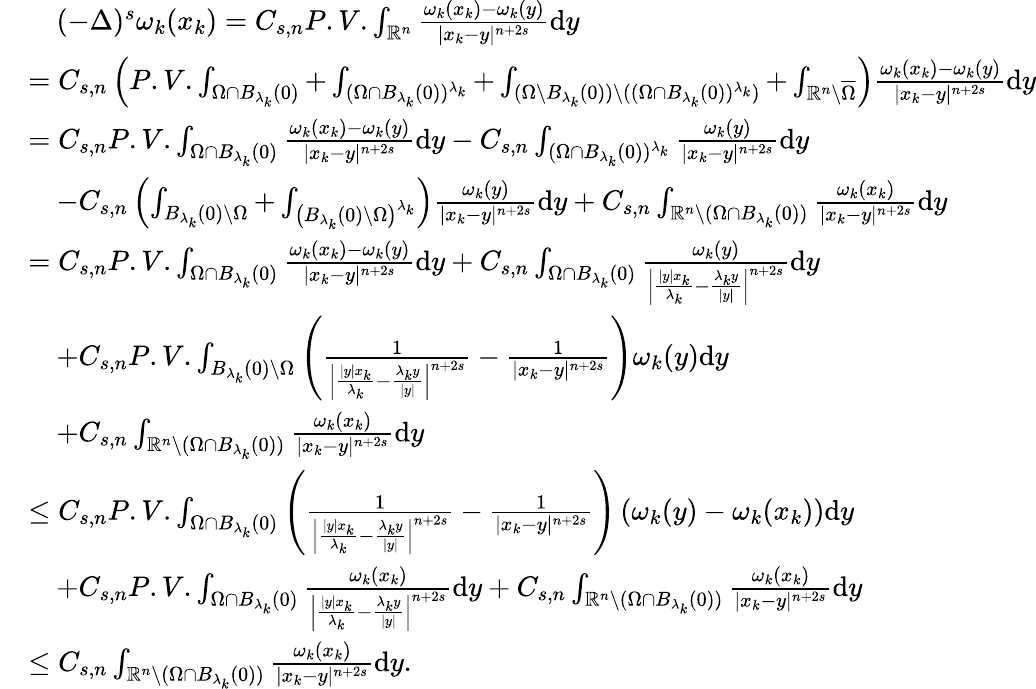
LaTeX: \begin{array}{rl}&{\quad(-\Delta)^{s}\omega_{k}(x_{k})=C_{s,n}P.V.\int_{\mathbb R^{n}}\frac{\omega_{k}(x_{k})-\omega_{k}(y)}{|x_{k}-y|^{n+2s}}\mathrm{d}y}\\ &{=C_{s,n}\left(P.V.\int_{\Omega\cap B_{\lambda_{k}}(0)}+\int_{(\Omega\cap B_{\lambda_{k}}(0))^{\lambda_{k}}}+\int_{(\Omega\setminus B_{\lambda_{k}}(0))\setminus((\Omega\cap B_{\lambda_{k}}(0))^{\lambda_{k}})}+\int_{\mathbb R^{n}\setminus\overline{{\Omega}}}\right)\frac{\omega_{k}(x_{k})-\omega_{k}(y)}{|x_{k}-y|^{n+2s}}\mathrm{d}y}\\ &{=C_{s,n}P.V.\int_{\Omega\cap B_{\lambda_{k}}(0)}\frac{\omega_{k}(x_{k})-\omega_{k}(y)}{|x_{k}-y|^{n+2s}}\mathrm{d}y-C_{s,n}\int_{(\Omega\cap B_{\lambda_{k}}(0))^{\lambda_{k}}}\frac{\omega_{k}(y)}{|x_{k}-y|^{n+2s}}\mathrm{d}y}\\ &{\quad-C_{s,n}\left(\int_{B_{\lambda_{k}}(0)\setminus\Omega}+\int_{\left(B_{\lambda_{k}}(0)\setminus\Omega\right)^{\lambda_{k}}}\right)\frac{\omega_{k}(y)}{|x_{k}-y|^{n+2s}}\mathrm{d}y+C_{s,n}\int_{\mathbb R^{n}\setminus(\Omega\cap B_{\lambda_{k}}(0))}\frac{\omega_{k}(x_{k})}{|x_{k}-y|^{n+2s}}\mathrm{d}y}\\ &{=C_{s,n}P.V.\int_{\Omega\cap B_{\lambda_{k}}(0)}\frac{\omega_{k}(x_{k})-\omega_{k}(y)}{|x_{k}-y|^{n+2s}}\mathrm{d}y+C_{s,n}\int_{\Omega\cap B_{\lambda_{k}}(0)}\frac{\omega_{k}(y)}{\left|\frac{|y|x_{k}}{\lambda_{k}}-\frac{{\lambda_{k}}y}{|y|}\right|^{n+2s}}\mathrm{d}y}\\ &{\quad+C_{s,n}P.V.\int_{B_{\lambda_{k}}(0)\setminus\Omega}\left(\frac{1}{\left|\frac{|y|x_{k}}{\lambda_{k}}-\frac{{\lambda_{k}}y}{|y|}\right|^{n+2s}}-\frac{1}{|x_{k}-y|^{n+2s}}\right)\omega_{k}(y)\mathrm{d}y}\\ &{\quad+C_{s,n}\int_{\mathbb R^{n}\setminus(\Omega\cap B_{\lambda_{k}}(0))}\frac{\omega_{k}(x_{k})}{|x_{k}-y|^{n+2s}}\mathrm{d}y}\\ &{\leq C_{s,n}P.V.\int_{\Omega\cap B_{\lambda_{k}}(0)}\left(\frac{1}{\left|\frac{|y|x_{k}}{\lambda_{k}}-\frac{{\lambda_{k}}y}{|y|}\right|^{n+2s}}-\frac{1}{|x_{k}-y|^{n+2s}}\right)\left(\omega_{k}(y)-\omega_{k}(x_{k})\right)\mathrm{d}y}\\ &{\quad+C_{s,n}P.V.\int_{\Omega\cap B_{\lambda_{k}}(0)}\frac{\omega_{k}(x_{k})}{\left|\frac{|y|x_{k}}{\lambda_{k}}-\frac{{\lambda_{k}}y}{|y|}\right|^{n+2s}}\mathrm{d}y+C_{s,n}\int_{\mathbb R^{n}\setminus(\Omega\cap B_{\lambda_{k}}(0))}\frac{\omega_{k}(x_{k})}{|x_{k}-y|^{n+2s}}\mathrm{d}y}\\ &{\leq C_{s,n}\int_{\mathbb R^{n}\setminus(\Omega\cap B_{\lambda_{k}}(0))}\frac{\omega_{k}(x_{k})}{|x_{k}-y|^{n+2s}}\mathrm{d}y.}\end{array}